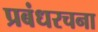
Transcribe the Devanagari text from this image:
प्रबंधरचना